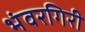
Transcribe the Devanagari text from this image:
भंवरगिरी